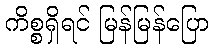
ကိစ္စရှိရင် မြန်မြန်ပြော